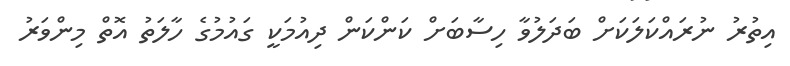
އިތުރު ނުރައްކަލަކަށް ބަދަލުވާ ހިސާބަށް ކަންކަން ދިއުމަކީ ގައުމުގެ ހާލަތު އޮތް މިންވަރު